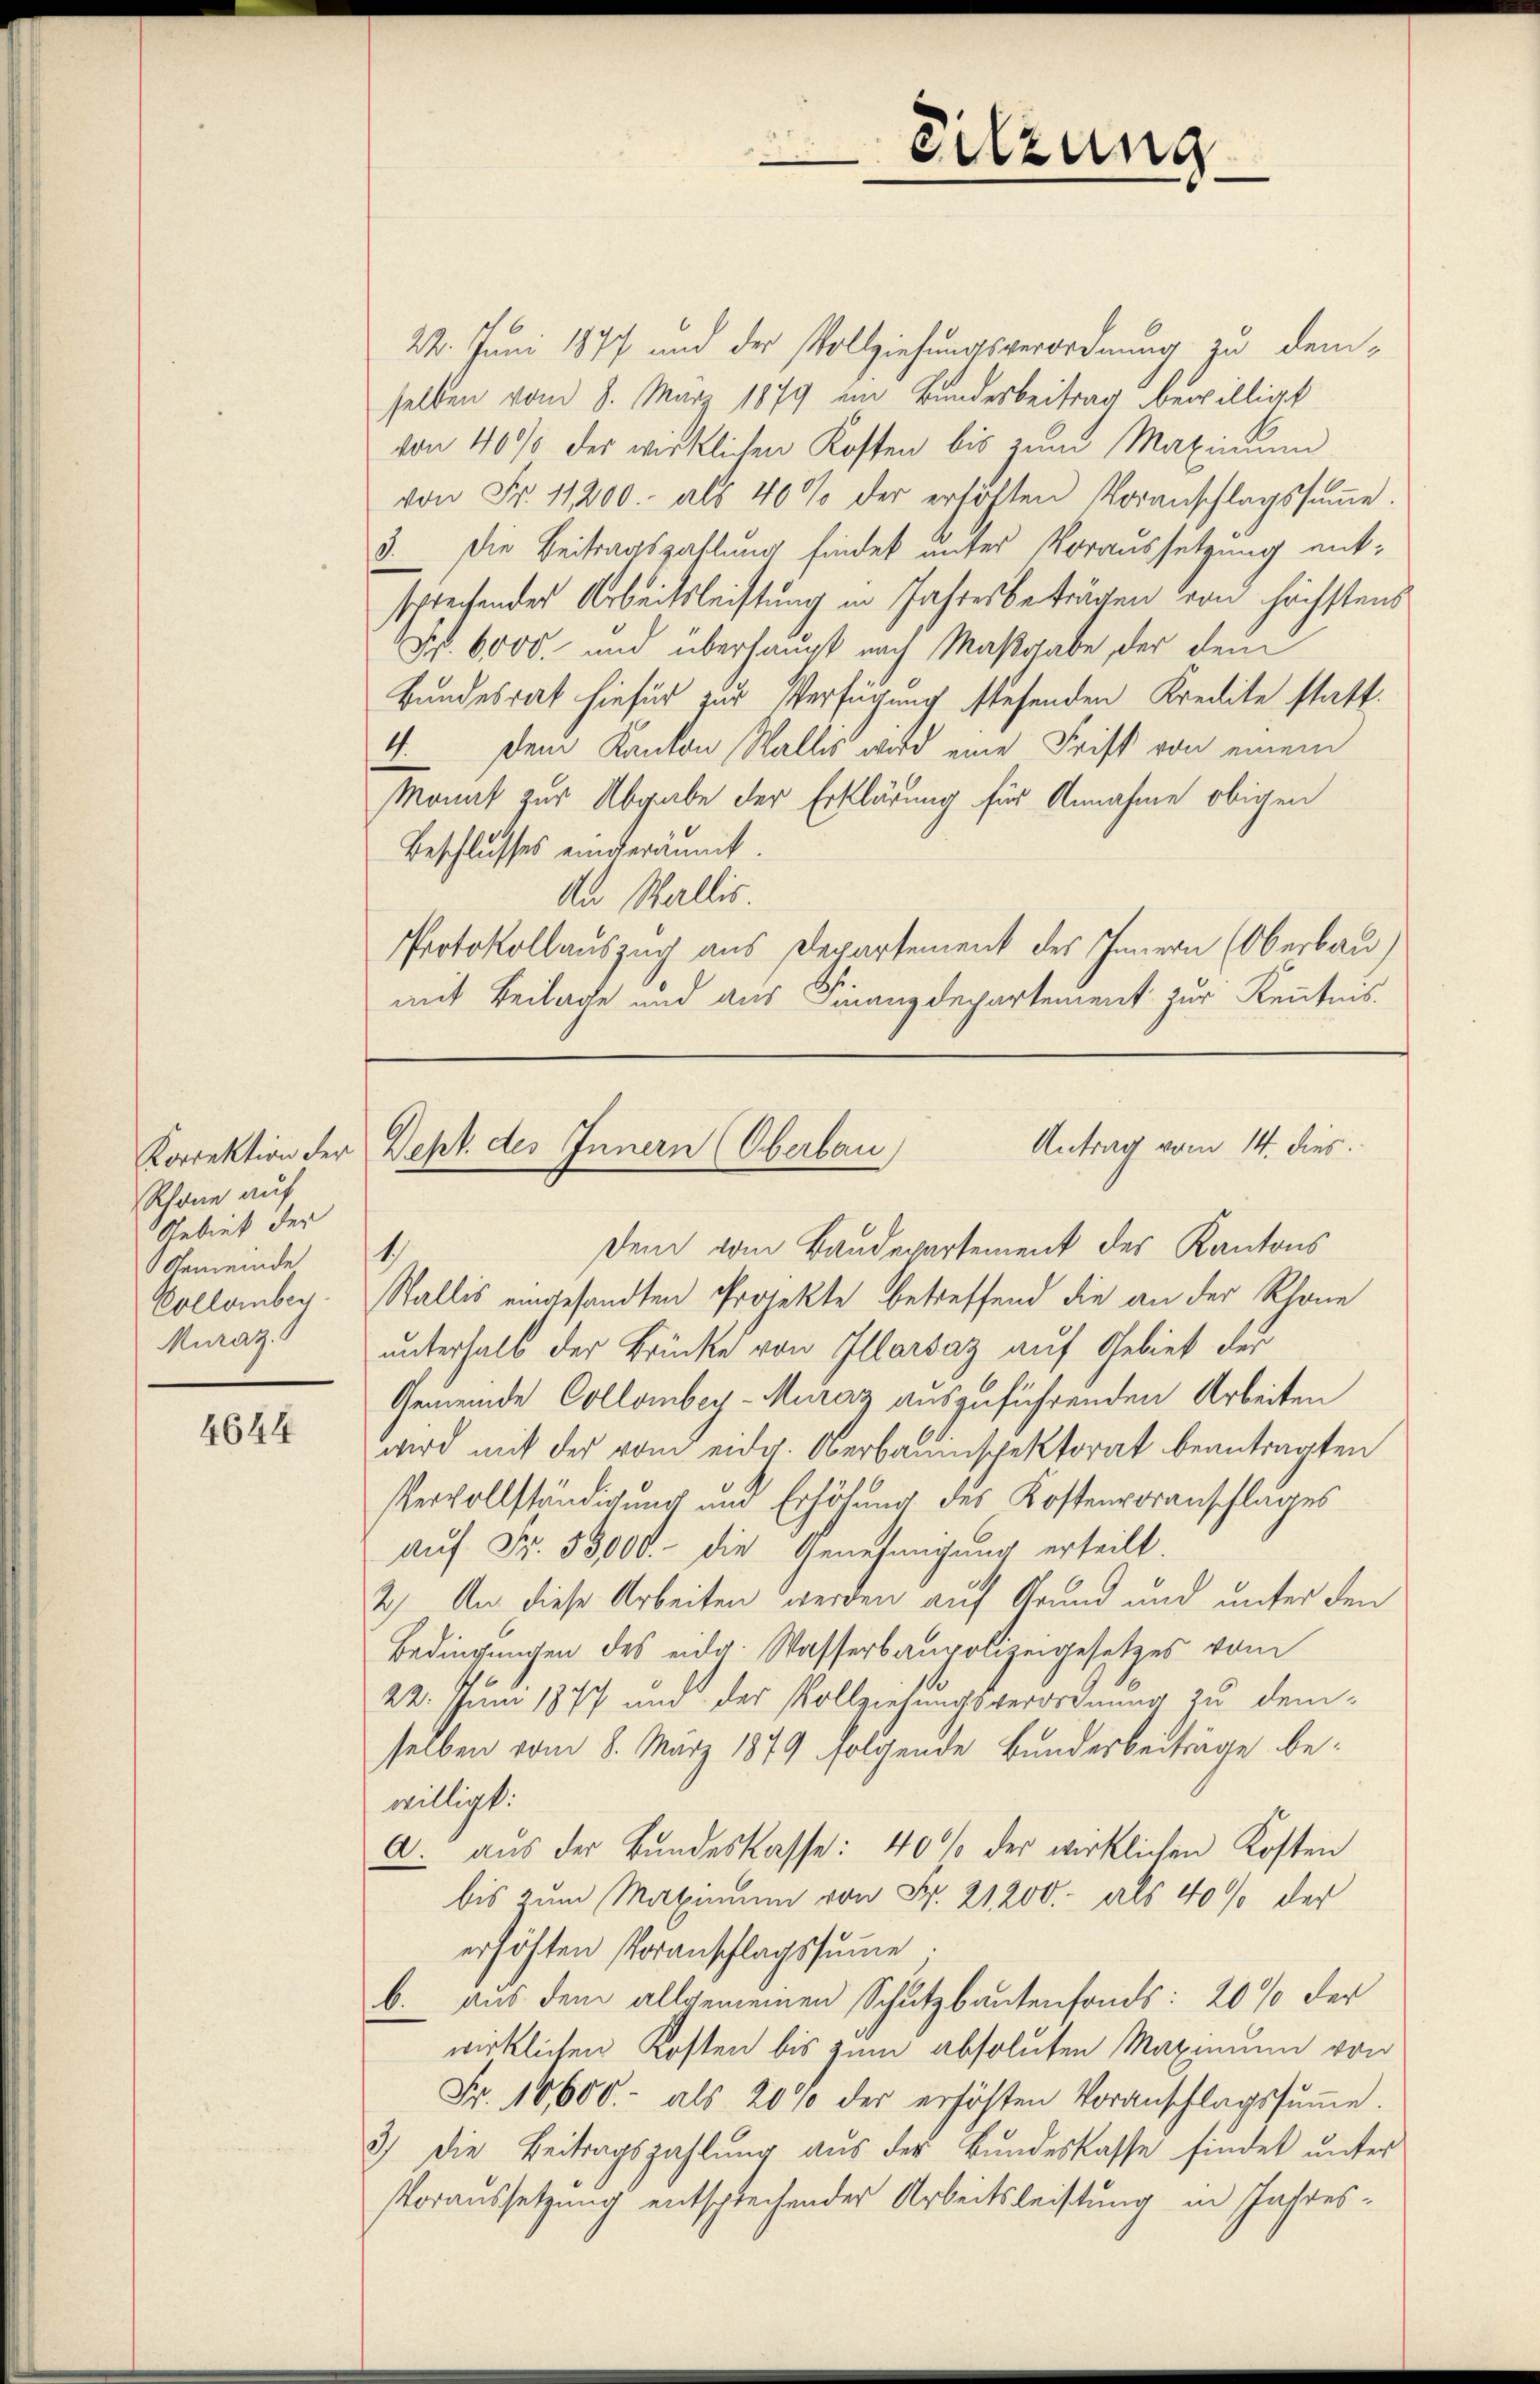
Korrektion der
Rhane auf
Gebiet der
Gemeinde
Vollomber.
Muraz)

4644

22. Juni 1877 und der Vollziehungsverordnung zu demselben vom 8. März 1879 im Bundesbeitrag bewilligt
von 40% der wirklichen Kosten bis zum Maximum
von Fr. 11200. als 40% der erhöhten Voranschlagssŭṁe.
3. Die Beitragszahlung findet unter Voraussetzung entsprechendes Arbeitsleistung in Jahresbeträgen von höchstens
Nr. 6000. und überhaupt nach Maßgabe, der dem
Bundesrat hiefür zur Verfügung stehenden Kredite statt.
4. Dem Kanton Walles wird eine Frist von einem
Monat zur Abgabe der Erklärung für Annahme obigen
Beschlusses eingeraumt.
An Wallis.
Protokollauszug aus Departement des Innern (Oberbau)
mit Beilage und aus Finanzdepartement zur Kenntnis.

1.

Dem vom Baudepartement des Kantons
Stallis eingesandten Projekte betreffend die an der Rhone
unterhalb der Brücke von Illarsaz auf Gebiet der
Gemeinde Collombey-Muraz auszuführenden Arbeiten
wird mit der vom eidg. Oberbauinspektorat beantragten
Vervollständigung und Erhöhung des Kostenvoranschlages
auf Fr. 53000.- die Genehmigung erteilt.
2.) An diese Arbeiten werden auf Grund und unter den
Bedingungen des eidg. Wasserbaupolizeigesetzes vom
22. Juni 1877 und der Vollziehungsverordnung zu demselben vom 8. März 1879 folgende Bundesbeiträge bewilligt:
A. aus der Bundeskasse: 40% der wirklichen Kosten
bis zum Maximum von Fr. 21200.- als 40% der
erhöhten Voranschlagssŭṁe
b. aus dem allgemeinen Schutzbautenfonds: 20 % der
wirklichen Kosten bis zum absoluten Maximum von
Fr. 18,600.- als 20% der erhöhten Voranschlagssŭṁe.
3) Die Beitragszahlung aus der Bundeskasse findet unter
Voraussetzung entsprechender Arbeitsleistung in Jahres¬

Sitzung

Antrag vom 14. dies
Dept. des Innern (Oberbau